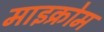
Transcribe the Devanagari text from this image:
माइक्रोम